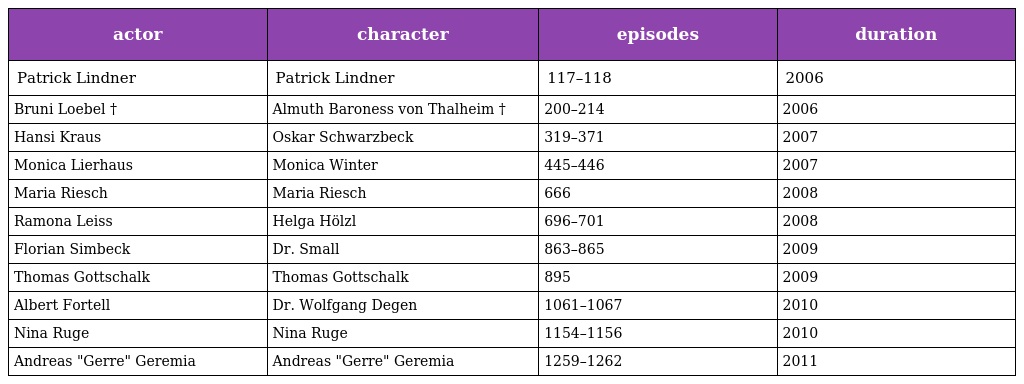
| actor | character | episodes | duration |
 | --- | --- | --- | --- |
 | Patrick Lindner | Patrick Lindner | 117–118 | 2006 |
 | Bruni Loebel † | Almuth Baroness von Thalheim † | 200–214 | 2006 |
 | Hansi Kraus | Oskar Schwarzbeck | 319–371 | 2007 |
 | Monica Lierhaus | Monica Winter | 445–446 | 2007 |
 | Maria Riesch | Maria Riesch | 666 | 2008 |
 | Ramona Leiss | Helga Hölzl | 696–701 | 2008 |
 | Florian Simbeck | Dr. Small | 863–865 | 2009 |
 | Thomas Gottschalk | Thomas Gottschalk | 895 | 2009 |
 | Albert Fortell | Dr. Wolfgang Degen | 1061–1067 | 2010 |
 | Nina Ruge | Nina Ruge | 1154–1156 | 2010 |
 | Andreas "Gerre" Geremia | Andreas "Gerre" Geremia | 1259–1262 | 2011 |